Civil Veterinary Department. Central Provinces & Berar 1932-41 - 1932-1941
Year: 1932
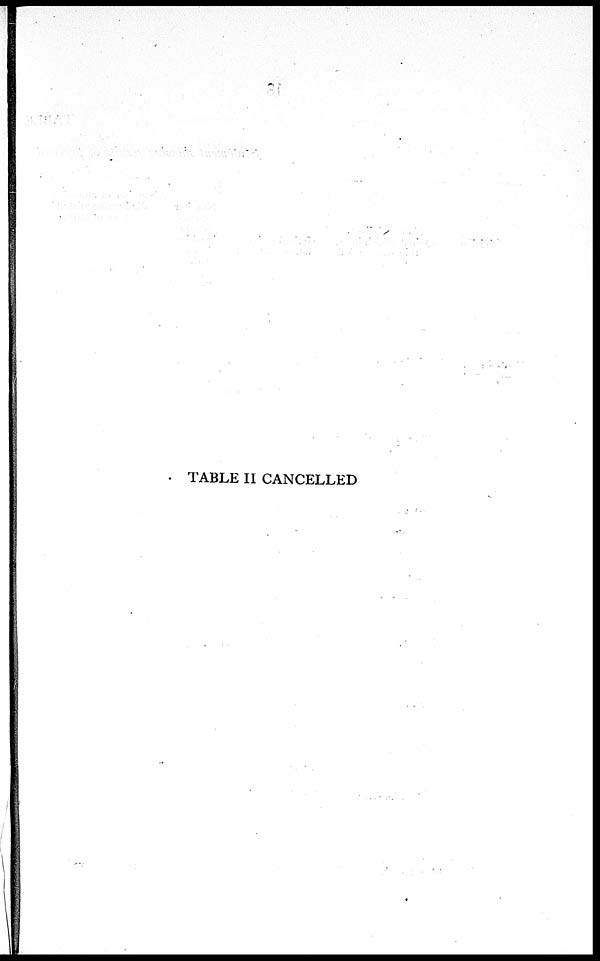
TABLE II CANCELLED